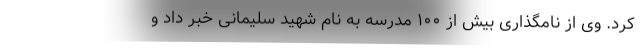
کرد. وی از نامگذاری بیش از ۱۰۰ مدرسه به نام شهید سلیمانی خبر داد و